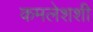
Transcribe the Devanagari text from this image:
कमलेशशी